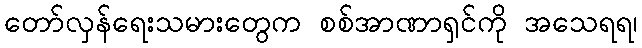
တော်လှန်ရေးသမားတွေက စစ်အာဏာရှင်ကို အသေရရ၊